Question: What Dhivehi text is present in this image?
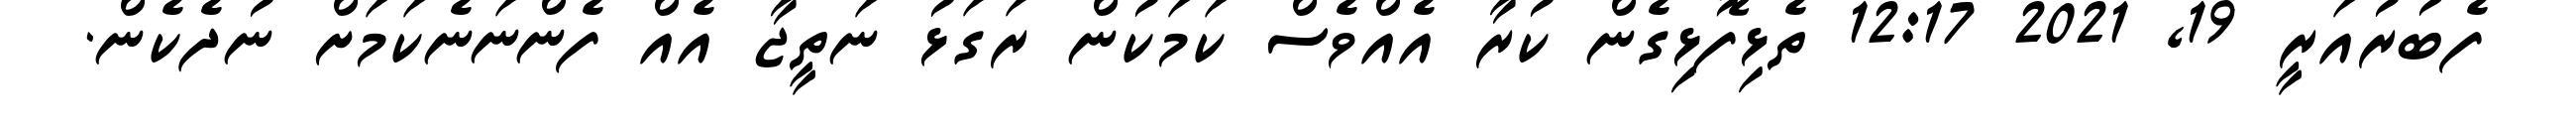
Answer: ފެބުރުއަރީ 19, 2021 12:17 ތެޅިފޮޅިގެން ކުރާ އެއްވެސް ކަމަކުން ރަގަޅު ނަތީޖާ އެއް ފެންނަނެކަމަށް ނުދެކެން.